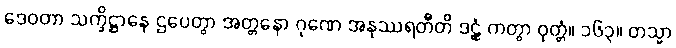
ဒေဝတာ သက္ခိဋ္ဌာနေ ဌပေတွာ အတ္တနော ဂုဏေ အနုဿရတီတိ ဒဠှံ ကတွာ ဝုတ္တံ။ ၁၆၃။ တသ္မာ